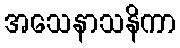
အသေနာသနိကာ